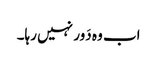
اب وہ دَور نہیں رہا۔